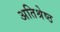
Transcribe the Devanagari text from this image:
अतिश्रेष्‍ठ